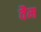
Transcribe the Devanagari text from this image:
वैम